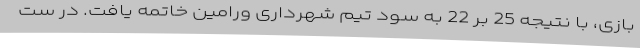
بازی، با نتیجه 25 بر 22 به سود تیم شهرداری ورامین خاتمه یافت. در ست